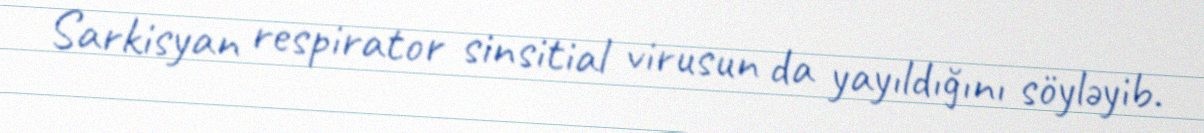
Sarkisyan respirator sinsitial virusun da yayıldığını söyləyib.